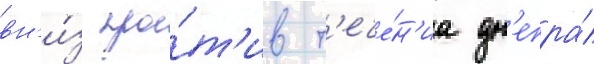
вн'и́з про́т'ив т'ече́н'иа дн'епра́